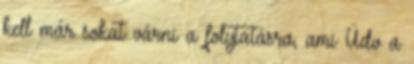
kell már sokat várni a folytatásra, ami Üdv a